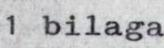
1 bilaga